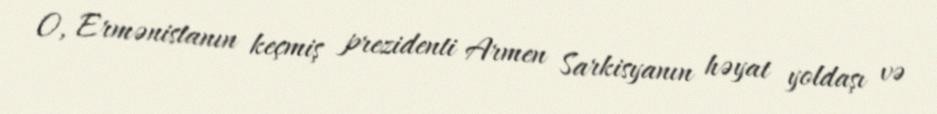
O, Ermənistanın keçmiş prezidenti Armen Sarkisyanın həyat yoldaşı və